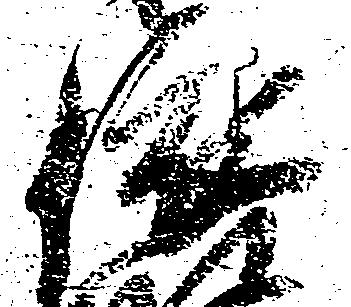
依